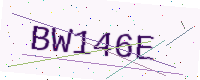
Text: BW146E